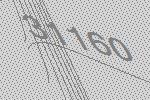
31160